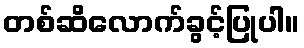
တစ်ဆိလောက်ခွင့်ပြုပါ။